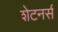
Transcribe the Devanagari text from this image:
शेटनर्स